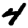
Digit: 4